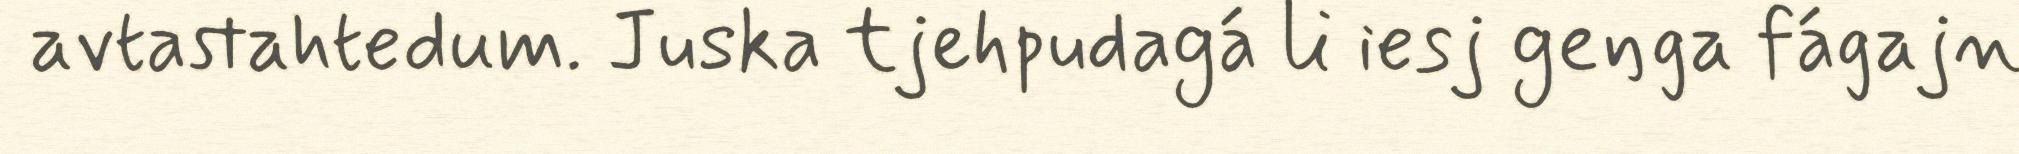
avtastahtedum. Juska tjehpudagá li iesj geŋga fágajn